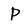
Character: P